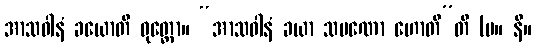
အာသဝါနံ ခယောတိ ဝုတ္တော။ “အာသဝါနံ ခယာ သမဏော ဟောတီ”တိ (မ။ နိ။